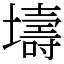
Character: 壔